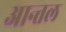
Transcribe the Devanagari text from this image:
आन्तल